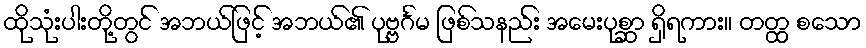
ထိုသုံးပါးတို့တွင် အဘယ်ဖြင့် အဘယ်၏ ပုဗ္ဗင်္ဂမ ဖြစ်သနည်း အမေးပုစ္ဆာ ရှိရကား။ တတ္ထ စသော